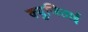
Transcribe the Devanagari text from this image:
क्युजिताई